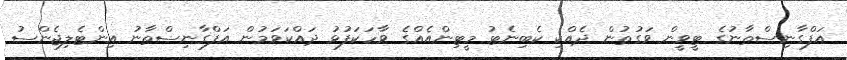
އަފްގާނިސްތާނުގެ ޓީވީން ވަގުތުން ދެއްކި ކެބިނެޓު މީޓިންއެއްގެ ވާހަކަފުޅު ދައްކަވަމުން އަފްގާނިސްތާނު އިންޓެލިޖެންސު